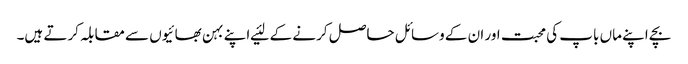
بچے اپنے ماں باپ کی محبت اور ان کے وسائل حاصل کرنے کے لئیے اپنے بہن بھائیوں سے مقابلہ کرتے ہیں۔